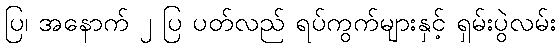
ပြ၊ အနောက် ၂ ပြ ပတ်လည် ရပ်ကွက်များနှင့် ရှမ်းပွဲလမ်း